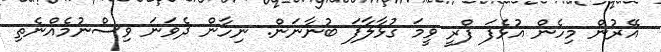
އޭރުން މިހެން އުޅެފަ ފްރީ ވީމަ ގުޅާލާފަ ބުނާނަން. ނިހާން ދެވަނަ ވިސްނުމެއްނެތި